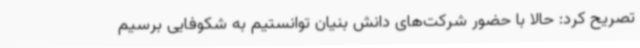
تصریح کرد: حالا با حضور شرکت‌های دانش بنیان توانستیم به شکوفایی برسیم